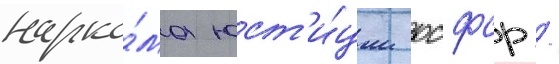
нарко́ма юст'и́ции рсфср /